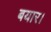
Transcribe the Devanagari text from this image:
बयार।